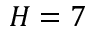
H = 7